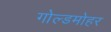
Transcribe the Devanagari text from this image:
गोल्डमोहर